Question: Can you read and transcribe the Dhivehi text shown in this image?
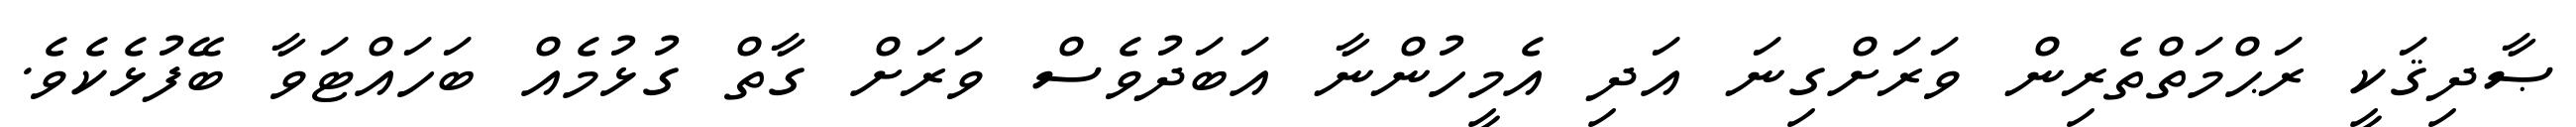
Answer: ޞާދިޤަކީ ރަޙްމަތްތެރިން ވަރަށްގިނަ އަދި އެމީހުންނާ އަބަދުވެސް ވަރަށް ގާތް ގުޅުމެއް ބަހައްޓަވާ ބޭފުޅެކެވެ.